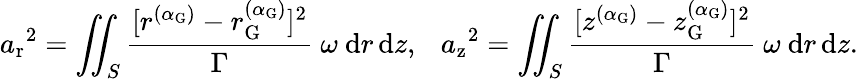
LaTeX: {a_{\mathrm{r}}}^{2}=\iint_{S}\frac{[r^{(\alpha_{\mathrm{G}})}-r_{\mathrm{G}}^{(\alpha_{\mathrm{G}})}]^{2}}{\Gamma}~\omega~\mathrm{d}r\, \mathrm{d}z,\ \ \ {a_{\mathrm{z}}}^{2}=\iint_{S}\frac{[z^{(\alpha_{\mathrm{G}})}-z_{\mathrm{G}}^{(\alpha_{\mathrm{G}})}]^{2}}{\Gamma}~\omega~\mathrm{d}r\, \mathrm{d}z.